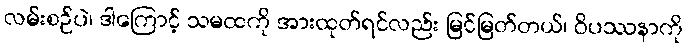
လမ်းစဉ်ပဲ၊ ဒါကြောင့် သမထကို အားထုတ်ရင်လည်း မြင်မြတ်တယ်၊ ဝိပဿနာကို